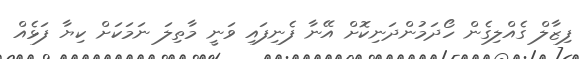
ފިޒާލް ގެއްލިގެން ހޯދަމުންދަނިކޮށް އޭނާ ފެނިފައި ވަނީ މާތިލަ ނަމަކަށް ކިޔާ ފަޅެއް